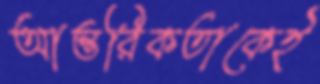
আন্তরিকতাকেই